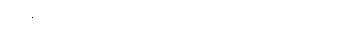
ထိုအိမ်တွင် လိုသမျှကို ပြုပြင်လုပ်ကိုင်ပေးရ၏။